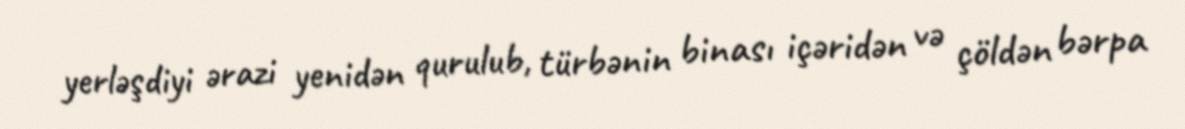
yerləşdiyi ərazi yenidən qurulub, türbənin binası içəridən və çöldən bərpa